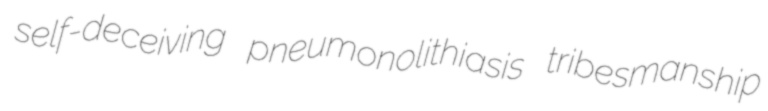
self-deceiving pneumonolithiasis tribesmanship